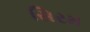
સિરમ